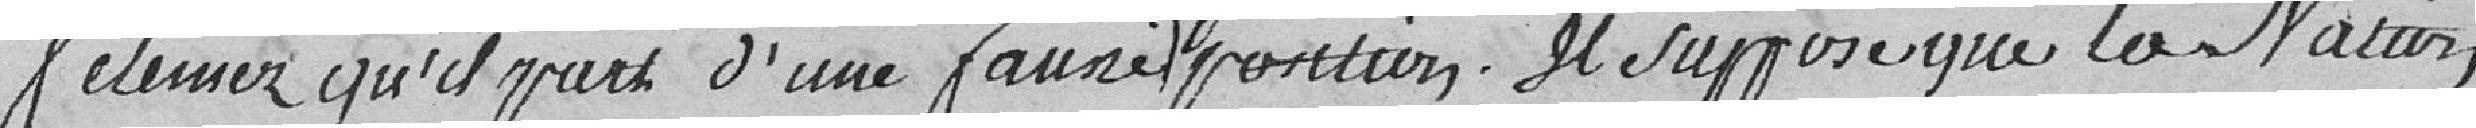
Relevez qu'il part d'une fausse supposition. Il suppose que la Nation,